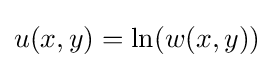
u(x,y)=\ln(w(x,y))